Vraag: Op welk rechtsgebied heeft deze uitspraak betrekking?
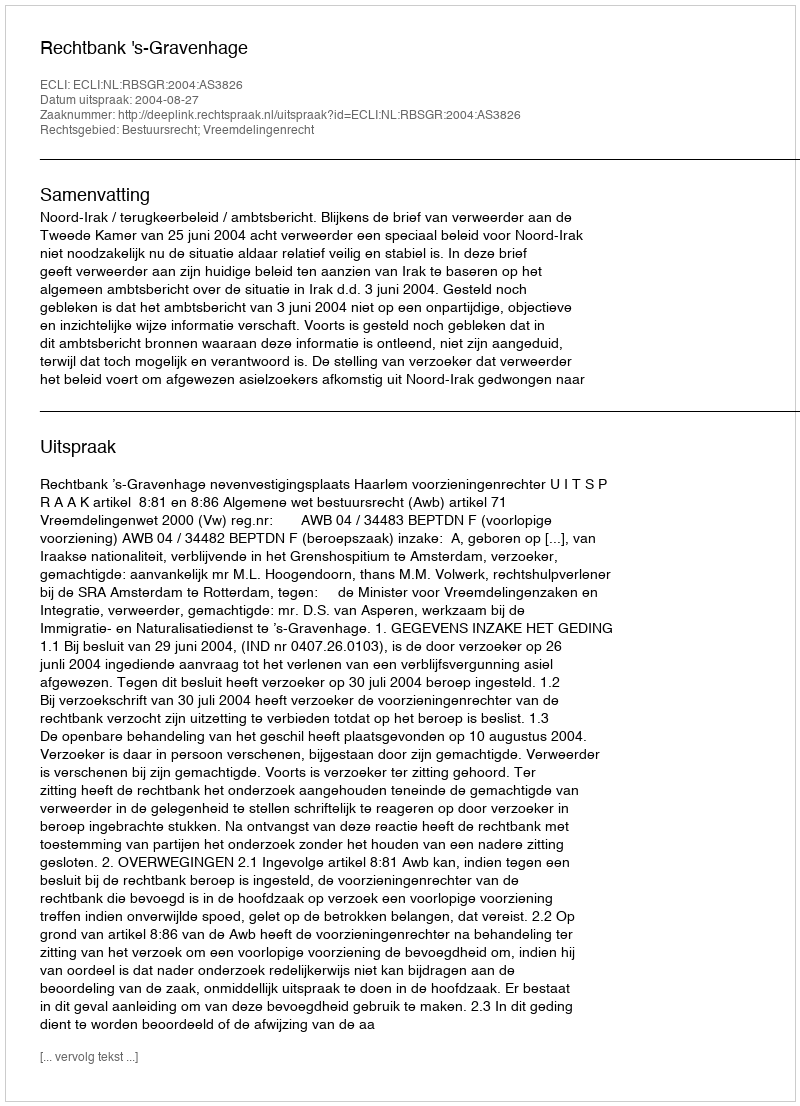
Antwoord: Bestuursrecht; Vreemdelingenrecht